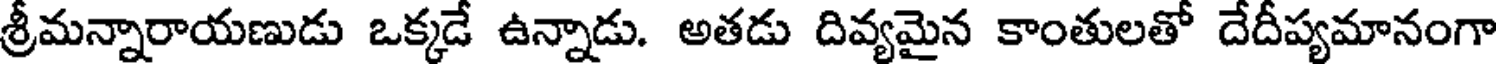
శ్రీమన్నారాయణుడు ఒక్కడే ఉన్నాడు. అతడు దివ్యమైన కాంతులతో దేదీప్యమానంగా